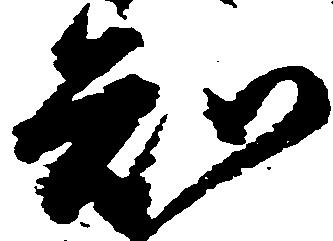
知